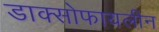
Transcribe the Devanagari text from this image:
डाक्सोफायलीन